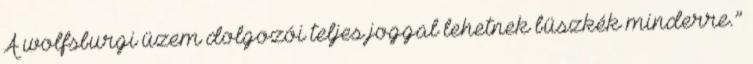
A wolfsburgi üzem dolgozói teljes joggal lehetnek büszkék minderre.”